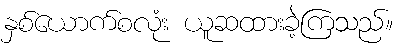
နှစ်ယောက်စလုံး ယူဆထားခဲ့ကြသည်။